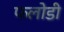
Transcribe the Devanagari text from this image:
फलोडी